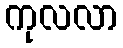
ကုလလာ